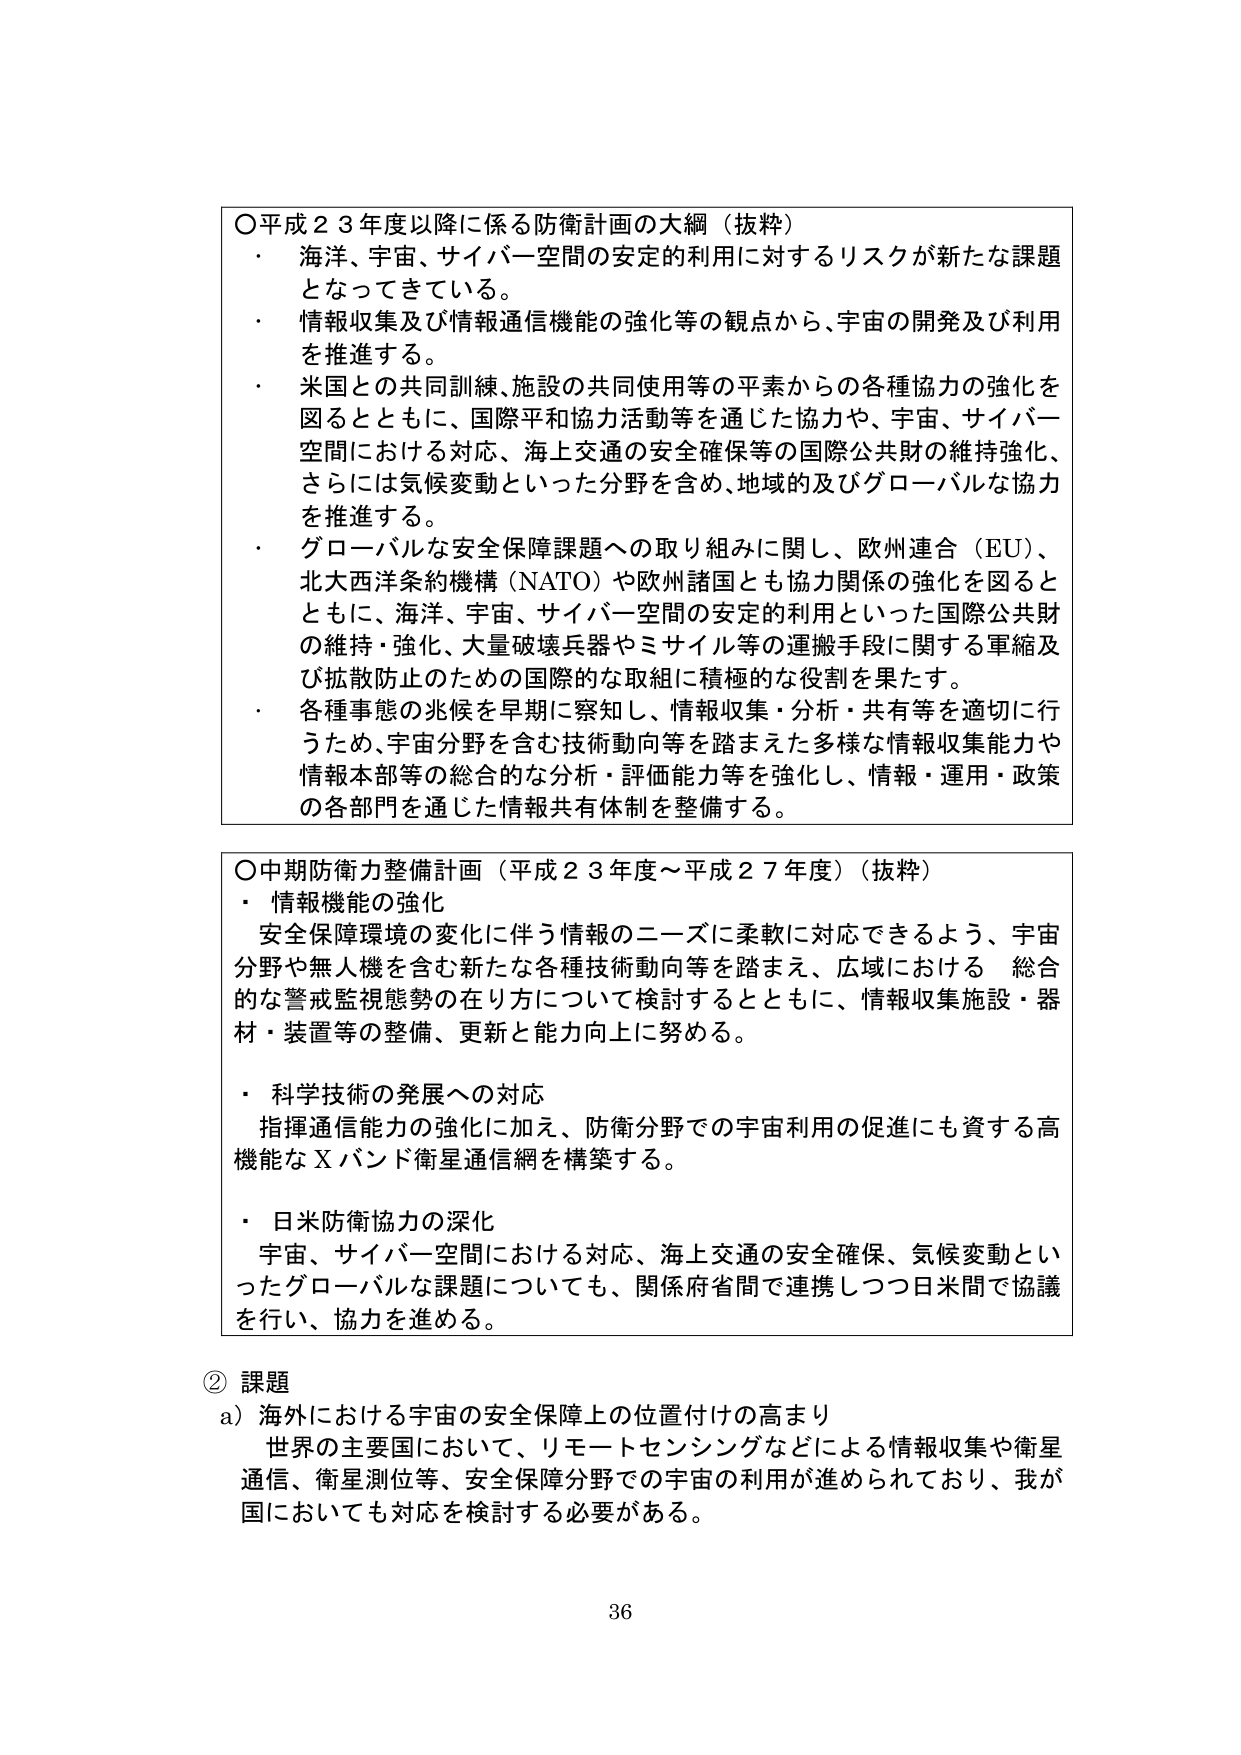
〇平成２３年度以降に係る防衛計画の大綱（抜粋）
・ 海洋、宇宙、サイバー空間の安定的利用に対するリスクが新たな課題となってきている。
・ 情報収集及び情報通信機能の強化等の観点から、宇宙の開発及び利用を推進する。
・ 米国との共同訓練、施設の共同使用等の平素からの各種協力の強化を図るとともに、国際平和協力活動等を通じた協力や、宇宙、サイバー空間における対応、海上交通の安全確保等の国際公共財の維持強化、さらには気候変動といった分野を含め、地域的及びグローバルな協力を推進する。
・ グローバルな安全保障課題への取り組みに関し、欧州連合（EU）、北大西洋条約機構（NATO）や欧州諸国とも協力関係の強化を図るとともに、海洋、宇宙、サイバー空間の安定的利用といった国際公共財の維持・強化、大量破壊兵器やミサイル等の運搬手段に関する軍縮及び拡散防止のための国際的な取組に積極的な役割を果たす。
・ 各種事態の兆候を早期に察知し、情報収集・分析・共有等を適切に行うため、宇宙分野を含む技術動向等を踏まえた多様な情報収集能力や情報本部等の総合的な分析・評価能力等を強化し、情報・運用・政策の各部門を通じた情報共有体制を整備する。

〇中期防衛力整備計画（平成２３年度～平成２７年度）（抜粋）
・ 情報機能の強化
安全保障環境の変化に伴う情報のニーズに柔軟に対応できるよう、宇宙分野や無人機を含む新たな各種技術動向等を踏まえ、広域における 総合的な警戒監視態勢の在り方について検討するとともに、情報収集施設・器材・装置等の整備、更新と能力向上に努める。
・ 科学技術の発展への対応
指揮通信能力の強化に加え、防衛分野での宇宙利用の促進にも資する高機能なＸバンド衛星通信網を構築する。
・ 日米防衛協力の深化
宇宙、サイバー空間における対応、海上交通の安全確保、気候変動といったグローバルな課題についても、関係府省間で連携しつつ日米間で協議を行い、協力を進める。

② 課題
a）海外における宇宙の安全保障上の位置付けの高まり
世界の主要国において、リモートセンシングなどによる情報収集や衛星通信、衛星測位等、安全保障分野での宇宙の利用が進められており、我が国においても対応を検討する必要がある。

36